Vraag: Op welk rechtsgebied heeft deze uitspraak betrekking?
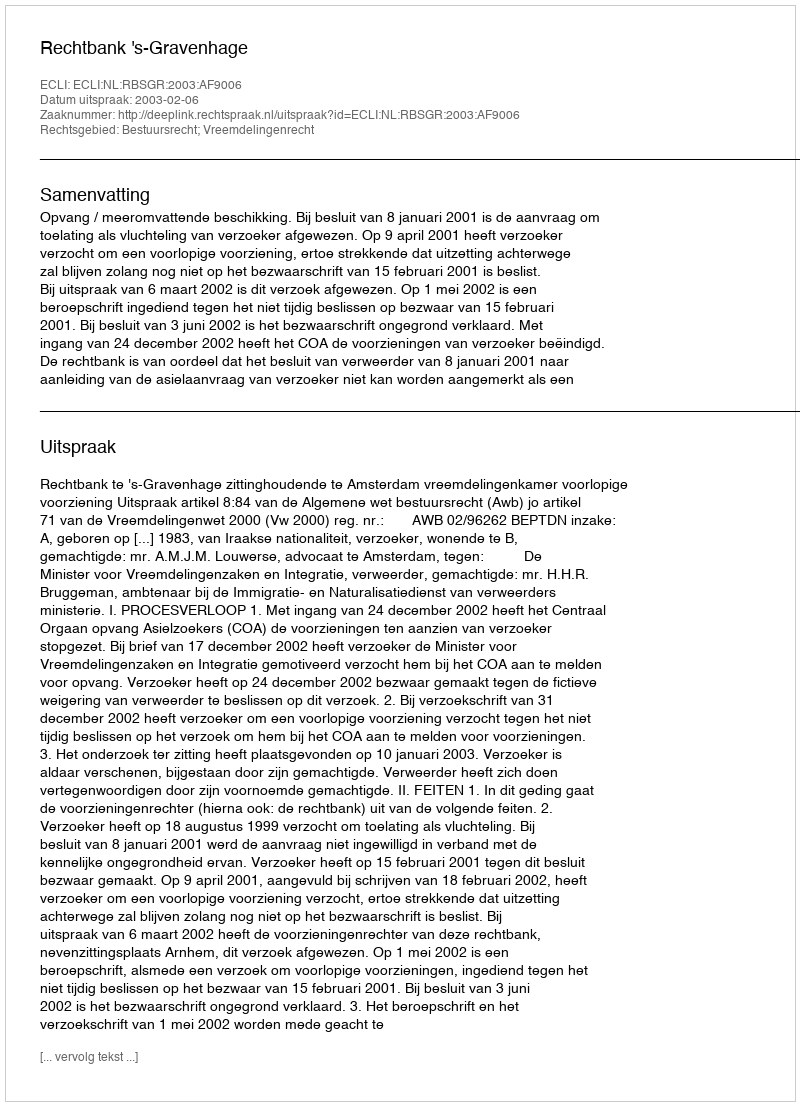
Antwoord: Bestuursrecht; Vreemdelingenrecht